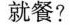
就餐?